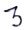
Text: 3